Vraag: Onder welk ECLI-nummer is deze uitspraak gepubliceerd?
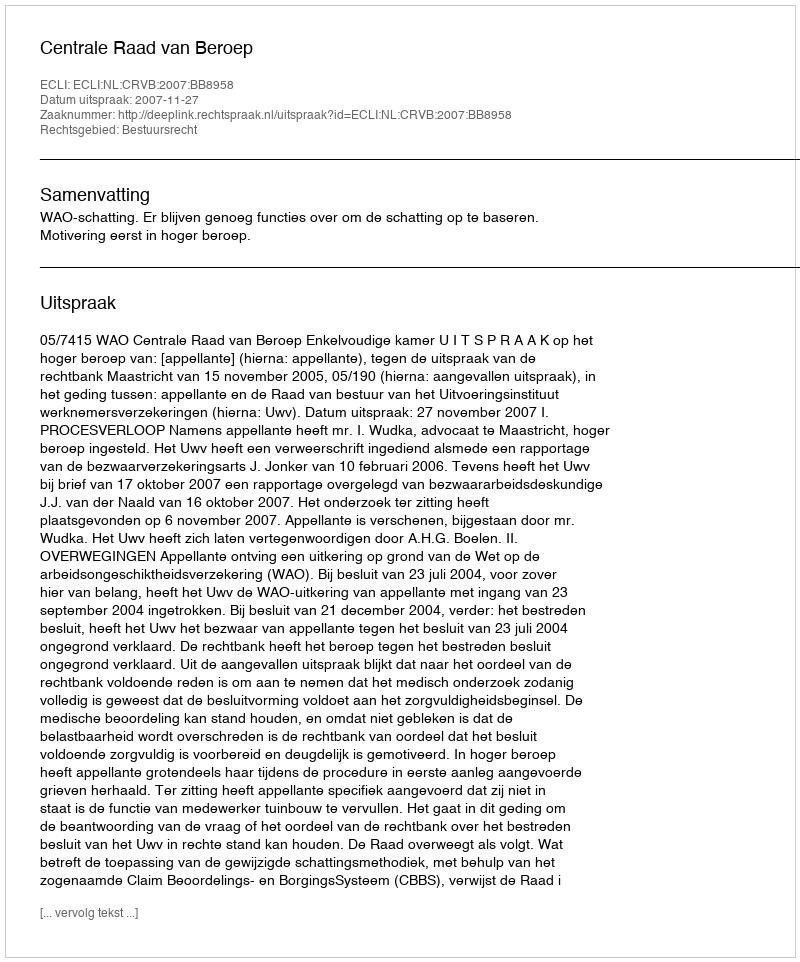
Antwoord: ECLI:NL:CRVB:2007:BB8958